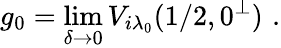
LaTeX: g_{0}=\operatorname*{lim}_{\delta\rightarrow 0}V_{i\lambda_{0}}(1/2,0^{\perp})\, \, .